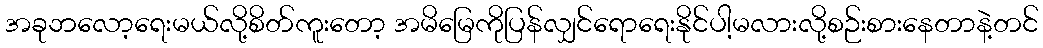
အခုဘလော့ရေးမယ်လို့စိတ်ကူးတော့ အမိမြေကိုပြန်လျှင်ရောရေးနိုင်ပါ့မလားလို့စဉ်းစားနေတာနဲ့တင်